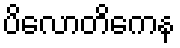
ပိလောတိကေန